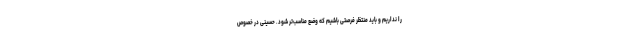
را نداریم و باید منتظر فرصتی باشیم که وضع مناسب‌تر شود. حسینی در خصوص